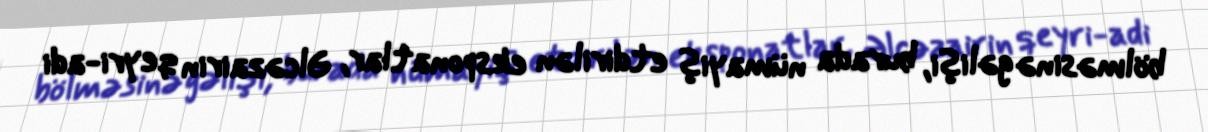
bölməsinə gəlişi, burada nümayiş etdirilən eksponatlar, Əlcəzairin qeyri-adi